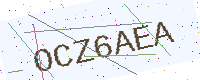
Text: OCZ6AEA